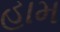
હામ